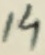
Text: 14